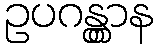
ဥပဂန္တွာန